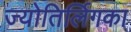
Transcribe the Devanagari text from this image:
ज्योतिर्लिगका